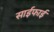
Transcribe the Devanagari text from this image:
साईफाई